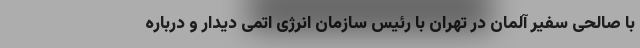
با صالحی سفیر آلمان در تهران با رئیس سازمان انرژی اتمی دیدار و درباره